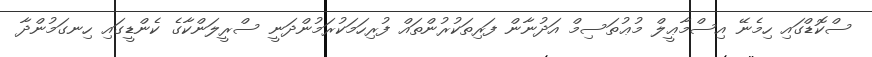
ސްކޮޑްގައި ހިމެނޭ އިސްމާޢީލް މުޢުތަސިމް އަދުނާން ފަރިތަކުރުންތައް ފުރިހަމަކުރަމުންދަނީ ސްރީލަންކާގެ ކެންޑީގައި ހިނގަމުންދާ